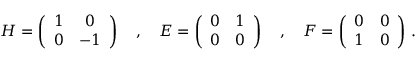
H = \left( \begin{array} { c c } { { 1 } } & { { 0 } } \\ { { 0 } } & { { - 1 } } \end{array} \right) \quad , \quad E = \left( \begin{array} { c c } { { 0 } } & { { 1 } } \\ { { 0 } } & { { 0 } } \end{array} \right) \quad , \quad F = \left( \begin{array} { c c } { { 0 } } & { { 0 } } \\ { { 1 } } & { { 0 } } \end{array} \right) \, .